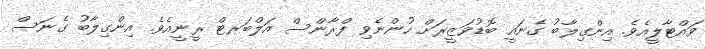
ވައްޓާލީއެވެ. އިންގިލާބު ގެނައީ ބޮޑުވަޒީރަށް ހުންނެވި ފްރާންސް އަލްބަރޓް ރީނީއެވެ. އިންގިލާބު ގެނަސް